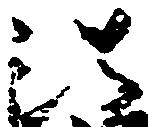
法